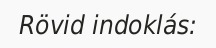
Rövid indoklás: